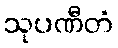
သုပဏီတံ